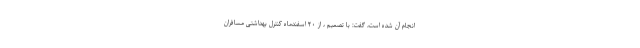
انجام آن شده است، گفت: با تصمیم ، از ۲۰ اسفندماه کنترل بهداشتی مسافران